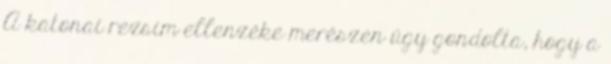
A katonai rezsim ellenzéke merészen úgy gondolta, hogy a